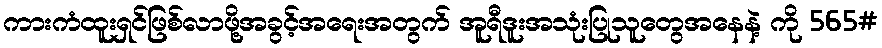
ကားကံထူးရှင်ဖြစ်လာဖို့အခွင့်အရေးအတွက် အူရီဒူးအသုံးပြုသူတွေအနေနဲ့ ကို 565#